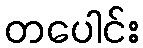
တပေါင်း